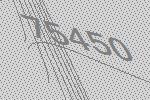
75450